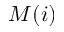
M ( i )